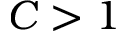
C > 1